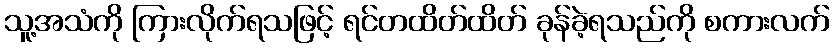
သူ့အသံကို ကြားလိုက်ရသဖြင့် ရင်တထိတ်ထိတ် ခုန်ခဲ့ရသည်ကို စကားလက်